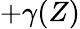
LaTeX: +\gamma(Z)